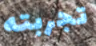
تجربته